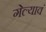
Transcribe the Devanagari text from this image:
गेल्यावं